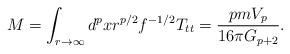
LaTeX: \begin{align*}M=\int_{r\rightarrow \infty}d^pxr^{p/2}f^{-1/2}T_{tt} =\frac{pmV_p}{16\pi G_{p+2}}.\end{align*}